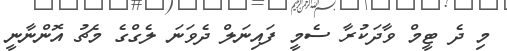
މި ދެ ޓީމް ވާދަކުރާ ސެމީ ފައިނަލް ދެވަނަ ލެގްގެ މެޗު އޮންނާނީ